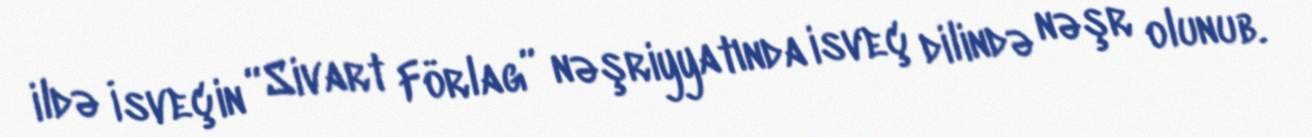
ildə İsveçin “Sivart Förlag” nəşriyyatında isveç dilində nəşr olunub.